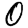
Digit: 0